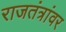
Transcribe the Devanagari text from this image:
राजतंत्रांवर